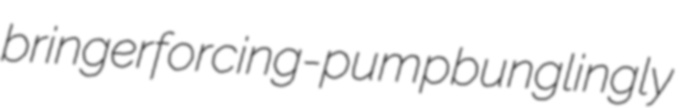
bringer forcing-pump bunglingly